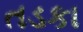
તડકા